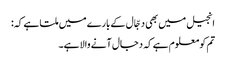
انجیل میں بھی دجّال کے بارے میں ملتا ہے کہ:
تم کو معلوم ہے کہ دجال آنے والا ہے۔